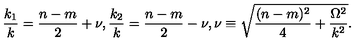
\frac { k _ { 1 } } { k } = \frac { n - m } { 2 } + \nu , \frac { k _ { 2 } } { k } = \frac { n - m } { 2 } - \nu , \nu \equiv \sqrt { \frac { ( n - m ) ^ { 2 } } { 4 } + \frac { \Omega ^ { 2 } } { k ^ { 2 } } } .